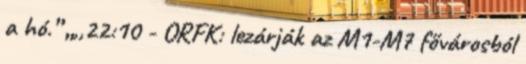
a hó.” „,,22:10 - ORFK: lezárják az M1-M7 fővárosból